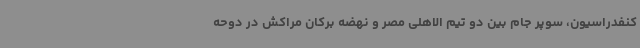
کنفدراسیون، سوپر جام بین دو تیم الاهلی مصر و نهضه برکان مراکش در دوحه